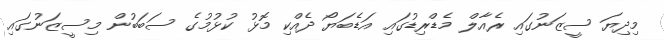
މިދިޔަ ސީޒަނުގައި ރެއާލް މެޑްރިޑުގައި އަޑެބަޔޯ ދެއްކި މޮޅު ކުޅުމުގެ ސަބަބުން މިސީޒަނުގައި